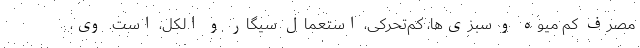
مصرف کم میوه و سبزی‌ها، کم‌تحرکی، استعمال سیگار و الکل، است. وی،